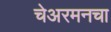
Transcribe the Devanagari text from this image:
चेअरमनचा